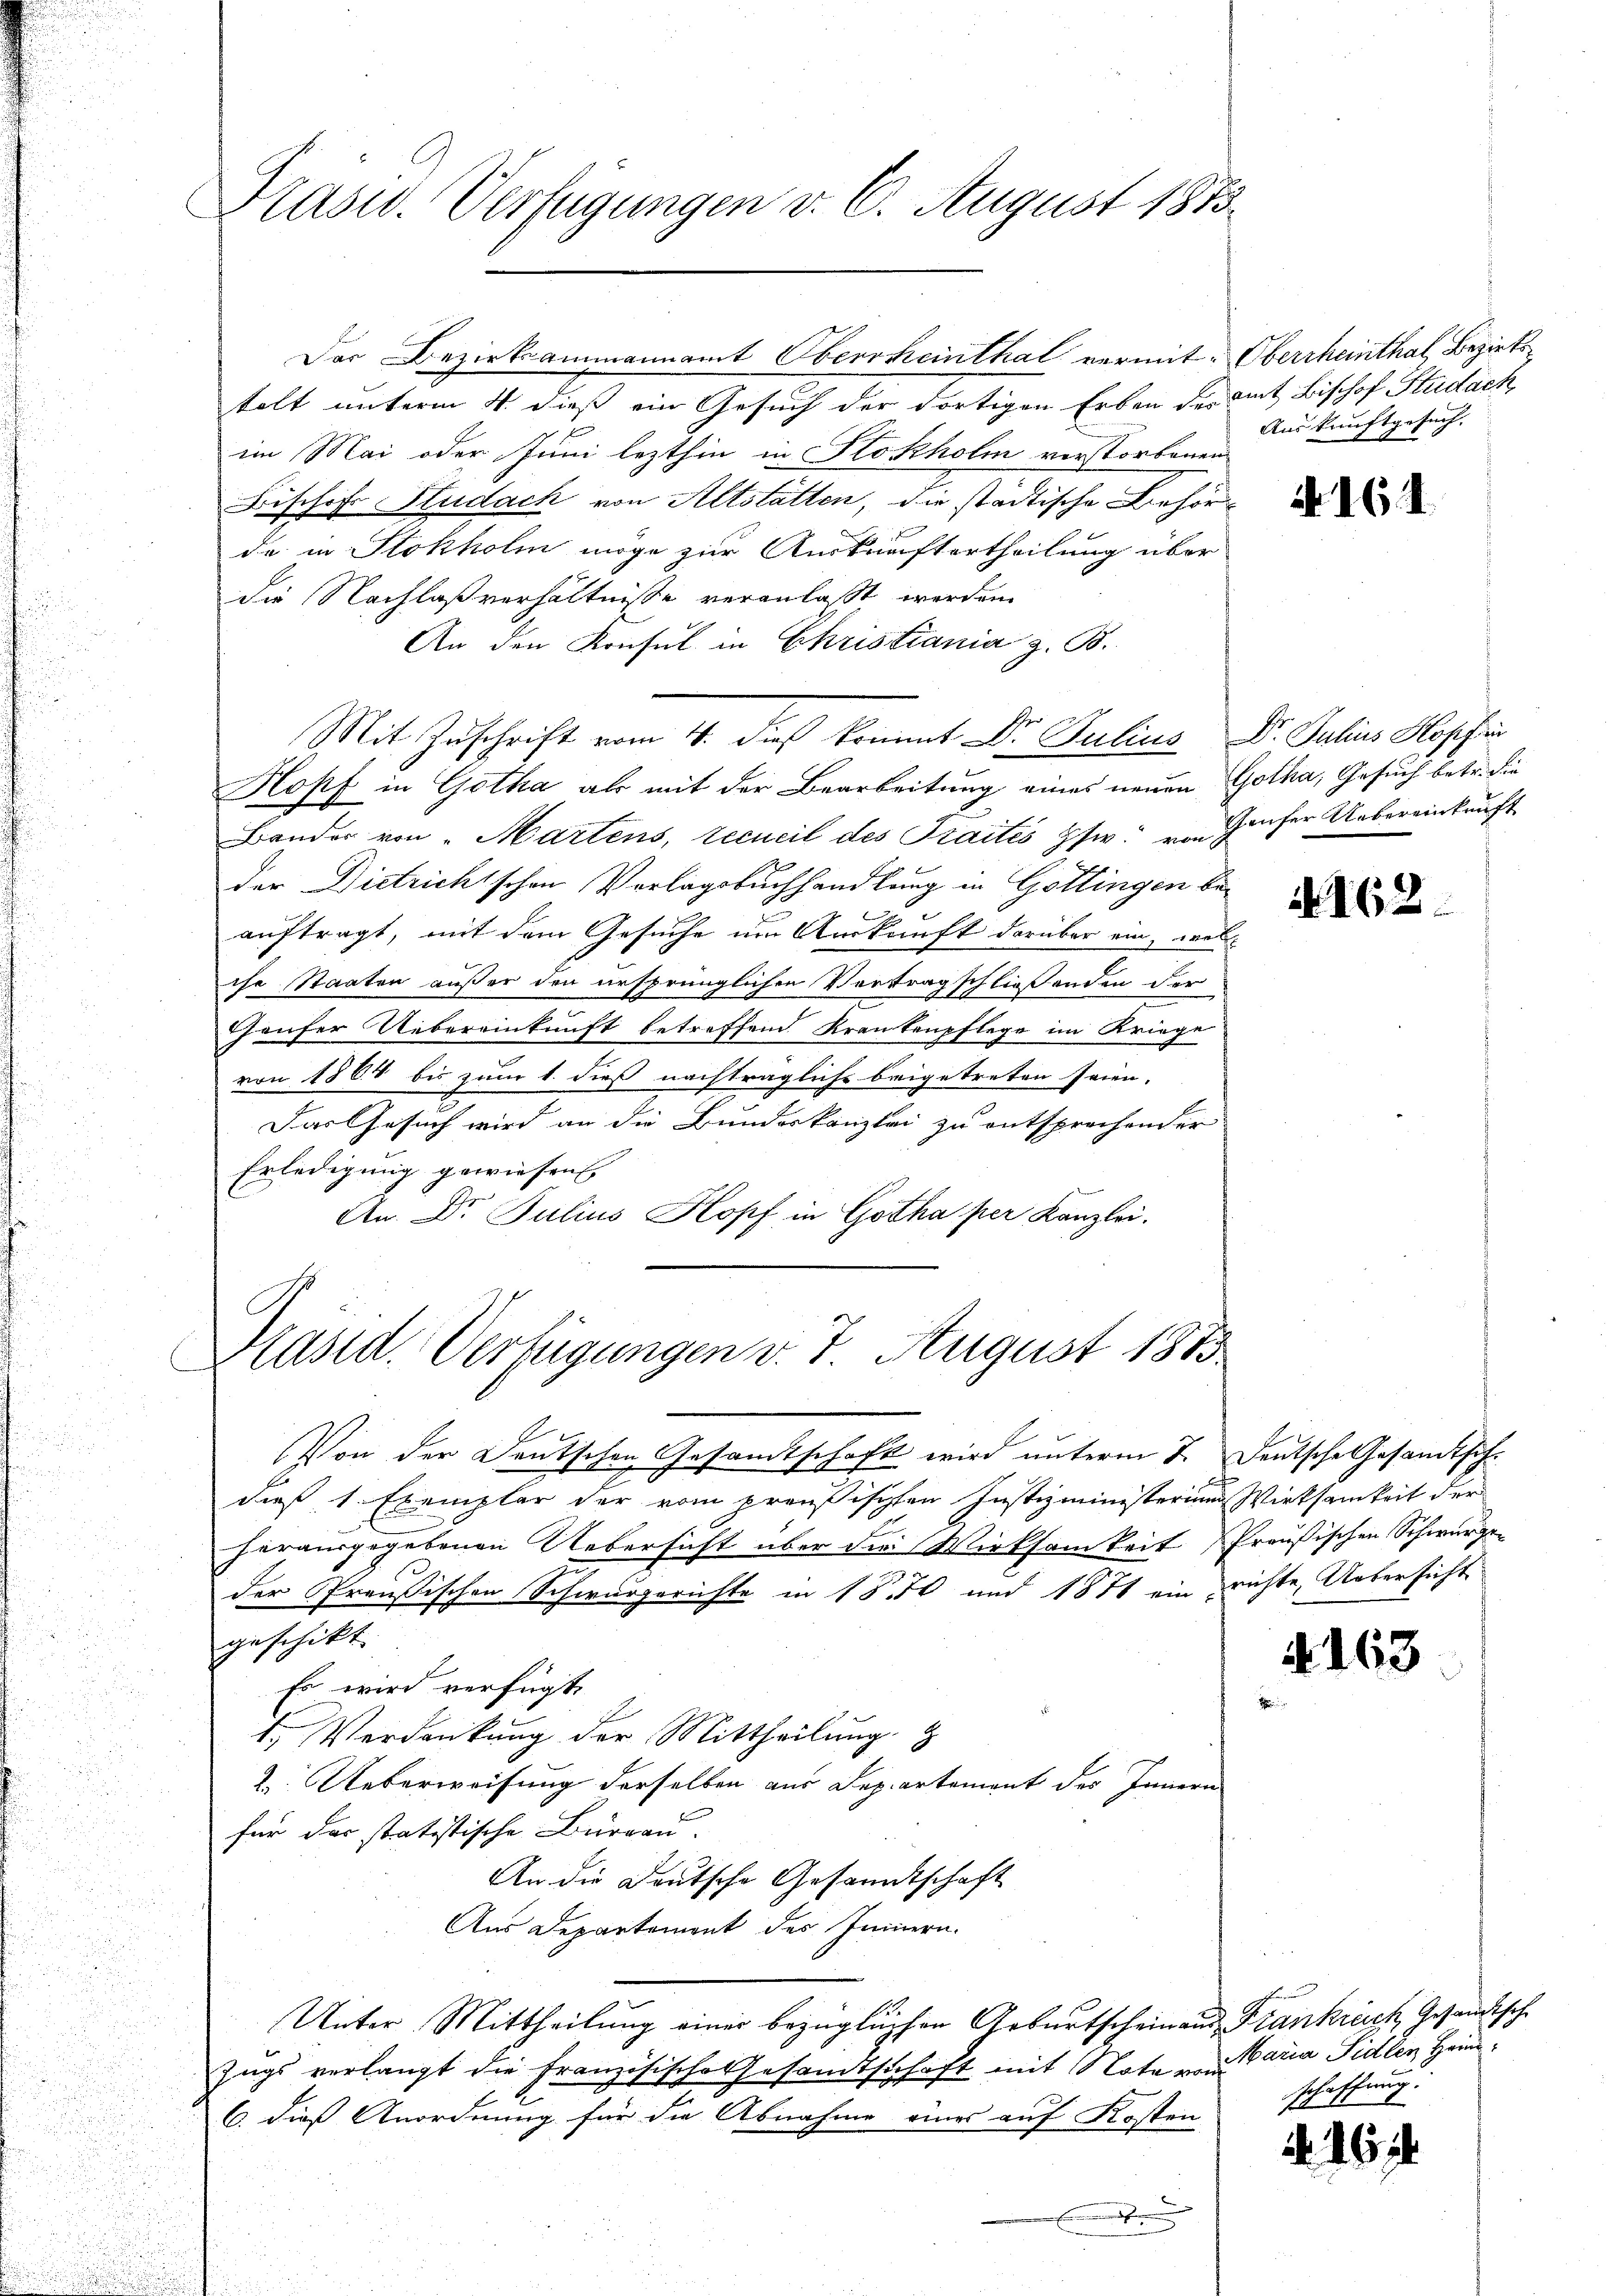
Krasw. Verfügungen v. 6. August 1858.

Der Bezirksammannamt Oberrheinthal vermit Oberrheinthal, Bezirkstelt unterm 4. dieß ein Gesuch der dortigen Erben der mit Bischof Studach
im Mai oder Juni lezthin in Stokholm verstorbenen
Bischof Hudach von Altstätten, die städtische Behörde in Stokholm möge zur Auskunftertheilung über
die Nachlaßverhältnisse veranlaßt werden.
An den Konsul in Ehristiania z. B.
Mit Zuschrift vom 4. dieß kommt Dr. Julius Dr. Julius Hopfer
Kopf in Gotha als mit der Bearbeitung eines neuen Gotha, Gesuch betr. die
Bander von „Martens, recueil des Traités pfw. von Hauser Uebereinkunft
der Dietricht schon Vorlagsbuchhandlung in Göttingen beauftragt, mit dem Gesuche um Auskunft darüber ein, wel
che Staaten außer den ursprünglichen Vertrag schließenden der
Ghaufer Uebereinkunft betreffend Krankenpflege im Kriege
von 1868 bis zum 1. dieß nachträgliche beigetreten seien.
Das Gesuch wird an die Bundeskanzlei zu entsprechender
Erledigung gewiesen
An. Dr. Julius Kopf in Gotha per Kanzlei.

Kasid. Verfügungen v. 7. August 1883
C

Von der Deutschen Gesamtschaft wird unterm 7. Deutsche Gesandtschdieß, 1 Exemplar der vom preußischten Justizministerium Wirksamkeit der
herausgegebenen Uebersicht über die Wirksamkeit Preußischen Schwurger
der Preußischen Schwurgerichte in 1850 und 1871 ein richte, Uebersicht
geschickt. |
Es wird verfügt,
t. Verdankung der Mittheilung
2. Ueberweisung derselben aus Separtement des Innern
für das statistische Burgau.
An die Deutsche Gesandtschaft
Aus Departement des Innern.
Unter Mittheilung einer bezüglichen Geburtscheinand Frankreich, Gesandtsche
Zugs verlangt die Französische Gesandtschaft mit Nota maria Fidlen Heim¬
6. dieß Anordnung für die Abnahme eines auf Kosten

Auskunftgesuch.

S

N 161

4162

. 163

schaffung.

.26 2